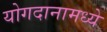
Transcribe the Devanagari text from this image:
योगदानामध्ये